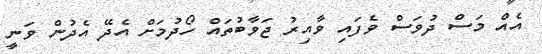
އެއް މަސް ދުވަސް ވެފައި ވާއިރު ޖަވާބުތައް ހޯދުމަށް އެދޭ އެދުން ވަނީ